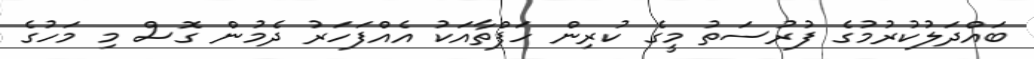
ބައްދަލުކުރުމުގެ ފުރުސަތު މީގެ ކުރިން ހަފްތާއަކު އެއްފަހަރު ދެމުން ގޮސް މި މަހުގެ